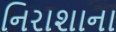
નિરાશાના